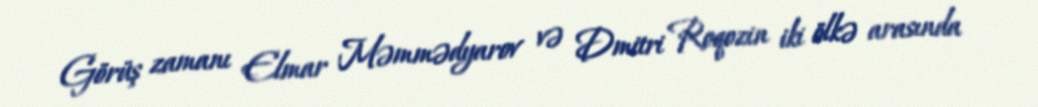
Görüş zamanı Elmar Məmmədyarov və Dmitri Roqozin iki ölkə arasında